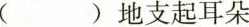
( )地支起耳朵